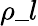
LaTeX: \rho\_ l